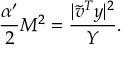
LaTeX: \frac { \alpha ^ { \prime } } { 2 } M ^ { 2 } = \frac { | { \tilde { v } } ^ { T } y | ^ { 2 } } { Y } .